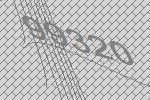
99320